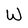
Character: W